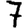
Digit: 7